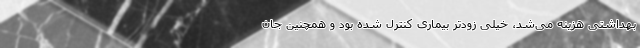
بهداشتی هزینه می‌شد، خیلی زودتر بیماری کنترل شده بود و همچنین جان